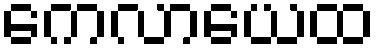
ကေလာယေထ